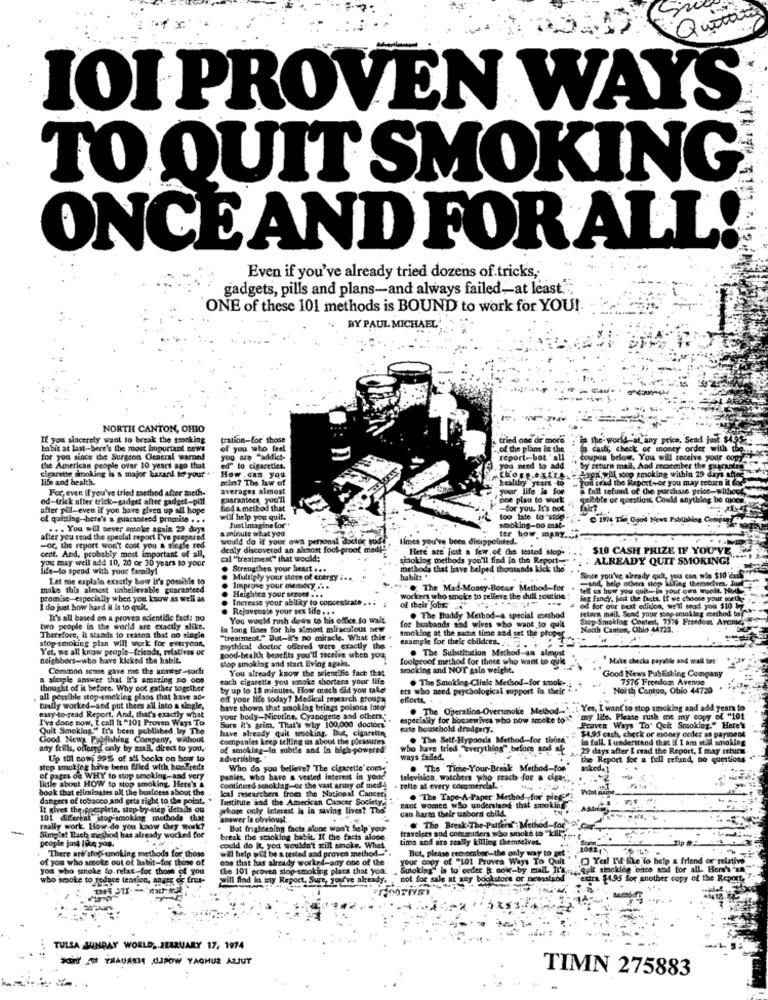
IOI PROVEN WAYS
TO QUIT SMOKING
ONCE AND FOR ALL
Even if you've already tried dozens of tricks,
gadgets, pills and plans-and always failed -- at least.",
ONE of these 101 methods is BOUND to work for YOU!
BY PAUL MICHAEL
NORTH CANTON, OHIO
If you sincerely want to break the smoking
tration-for those
& tried one or more
in the world -at any price. Sead just $4.95-
the
ice, Send
habit at last-here's the most important news
of you who feel
.of the plans in the
cush, check of money order with the.net
for you since the Surgeon General warned
you are "addit-
report-bot ' all
coupon below. You will receive your coy
the American people over 10 years ago that
ed" to cigarettes.
you need to add
by return mail. And recsember the guarant
-spr.will stop smoking within 29 days whycry
cigarette smoking is a major hazard to your "
life and health.
mis? The law of
How .can you
those extra
Lealtby years -to
Toa read the Report+or you may return it forvann
For, even if you've tried method after moeth-
averages almost
your life is for
a full refund of the purchase price -- without
od -trick after trick-gadget after gadget-pill
guarantees you'll
one plan to work
quibble or questions Could anything be moem!
after pil-even if you have given up all hope
find a method that
-for you. It's not,
of quitting-here's a guaranteed promito . . .
will help you quif.
Just Imagine loc"
i too late to stop.
smabling-no mat-
0 14 The Good News Publishing Co
. .. You will never smoke again 29 days
aminute what you
after you read the special report I've prepared
would do it your own personal doctor hoff
limes you've been disappointed.
ter how many
-or, the report won't cost you a single red
cent. And, probably most important of all,
denly discovered an almost fool proof medl""
Here are just a few.of the tested sop-
$10 CASH PRIZE IF YOU'VE
you may well add 10, 20 or 30 years to your
cal "treatment" that would;
smoking methods you'll find in the Report -. "
ALREADY QUIT SMOKING!
ilfe-to spend with your family!
Strengthen your heart ...
methods that have helped thousands kick the'
Let me explale exactly how it's possible to
Multiply your store of energy i ...
habit: .
-and, help others step ill'ag thersschen, Ju
Since you've already quit, you can wie $10'duls
make this almost unbelievable guaranteed
Improve your memory ...
* *. The Mad-Money-Bocor Method-for
fell es how you quit-in your own woedt. Noull
promise-especially when you know as well as
Increase your ability to concentrate . ..
Heighten your senses ...
workers who smoke to relleve the dull routine"
Bag fancy, just the facts. If we choose your gettys
I do just how hard il is to quit.
Rejavevate your sex Ido . . .
of their jobs
retur mail, Scad your shop srsokting method to
od for our Best edition, we'll send you $to by
It's all based on a provea scientific fact: no
You would rush down to his office to walt
for husbands sad wives who want to quit
. The Buddy Method-a special method
Stop Smoklog Content, 7376 Freedom' Arconte,
two people in the world are exactly alike.
la long lines for his almost miraculous new
Smoking at the same time and sat the phoper
Nach Canton, Ohio 44720.
stop smoking plan will work for everyone,
Therefore, it stands to reason that no single
"treatment." But-it's po miracle. What this
Yet. we all know people-friends, relatives of
mythical doctor ofcred were exactly the
example for their children ....
. The Substitution Method an almost
neighbors-who have kicked the habit.
stop smoking and start living agala.
good-beakch benefits you'll receive when you;
foolproof method for those who want to qui
" Make checks payable and mail to:"
Common sense gave me the atawer-sachr
You already know the scientific fach that
smoking and NOT gain weight.
a simple answer that It's amazing no one
each cigarette you smoke shortens your life
. The Smoking-Cliale Method-for sook -;
Good News Publishing Company
7576 Freedom Avenue
thought of it before. Why not gather together
by up to 18 minutes, How much did you take
ers who need psychological support in their
North Canton, Oblo 44720
. all posible stop smoking plass that have ace
oif your life today? Medical research groups
efforts. .
tually worked-and put thers all lato a single,
have shown that smoking brings poisons Into
. The Operation-Oversmoke Method ....... Yes, I want to stop smoking and add years to
easy-to-read Report, And, that's exactly what
I've done now, [eall "t "101 Proven Ways To
your body-Nicotine, Cyanogente and others."
especially for hocsewives who now smoke to""
"my life. Please rush me any copy of "101
Quit Smoking." It's been published by The
have already quit scooking. But, cigaretta
Sure it's grim, That's why 100,000 doctors
cate household drudgery.
Proven Ways To' Quit Smoking." Here's
Good News Publishing Company, without
companies keep telling us about the pleasures
. The Self-Hypnosis Method-for those"
$4.95 cash, check or money order as payment
in fall. Iunderstand that if I am st.Il aavoking
any frills, offered only by mail, direct to you.
of smoking-in subtle and In high-powpred
who have tried "Everything" before and of
. 29 days after I read the Report, I may return
Up tol conj 99% of all books on how to
advertising."
ways failed.
the Report for a full refund, no questions
stop smoking have been filled with her reds
Who do you believe? The cigarette com.
. The Time-Your-Break Method-for'
of pages on WHY to stop smoking-and very
little about HOW to stop smoking, Here's &
panits, who have a vested interest in your
television, watchers who reach for a ciga:
book that eliminates all the business about the
kcal researchers from the National Cancer
Continues schoklag-or the vast army of med !
. Tolte at every cocomercial.
dangers of tobacco and gets right to the point.
Institute 'and the American Cancer Society,
Pant women who understand that smoking
. The Tape-A-Paper Method for' piege !!
It gives the fociplete, step by step details ou
whose only interest is in saving lives? The'
can harm their usbord child.
101 different stop smoking methods that
answer Is obvious.
really work. How do you know they work?
But frightening facts alone won't help you-
travelers and com mitters who smoke to "kill;
The Break-The-Pattern: Method-for
Simplet Bach method has already worked for
people just like you.
break the smoking habit. If the facts alone
time and are really killing themselves.
There are'stop smoking methods for those
could do it, you wouldn't still smoke. What
.El help wil be s tested aad proven method .. ".
But, please rechsombor-the only way to get
of you who smoke out of habit-for those of
one that has already worked-any one of the
your copy of "101 Provea Ways To Quit
O Yel If like to help a friend or relative"
you who smoke to. relax for those of you
the 101 proven stop smoking placa that you:
who smoke to reduce tension, anger of fruit-
will find in my Report. Sure, you've already, not for sale at any bookstore or newsstand
Centra $1.95 for another copy of the Reporte
TULSA SUNDAY WORLD, . JEARUARY 17, 1974
* TAUASH CJPOW YAGMUR AZJUT
TIMN 275883